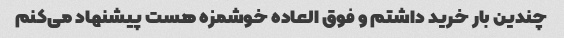
چندین بار خرید داشتم و فوق العاده خوشمزه هست پیشنهاد می‌کنم